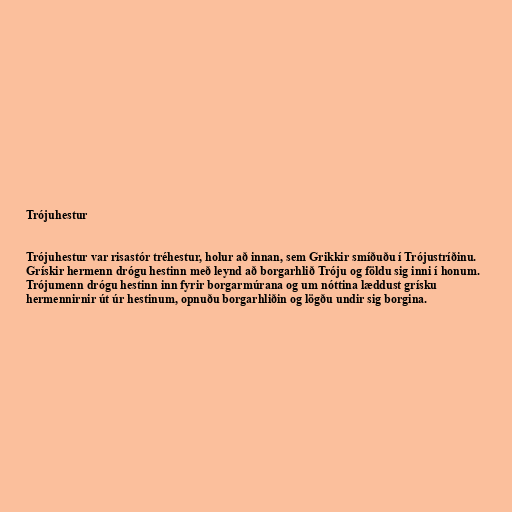
Trójuhestur

Trójuhestur var risastór tréhestur, holur að innan, sem Grikkir smíðuðu í Trójustríðinu.
Grískir hermenn drógu hestinn með leynd að borgarhlið Tróju og földu sig inni í honum.
Trójumenn drógu hestinn inn fyrir borgarmúrana og um nóttina læddust grísku
hermennirnir út úr hestinum, opnuðu borgarhliðin og lögðu undir sig borgina.